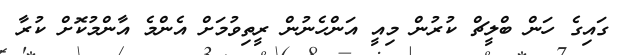
ގައިގެ ހަން ބްލީޗް ކުރުން މިއީ އަންހެނުން ރީތިވުމަށް އެންމެ އާންމުކޮށް ކުރާ